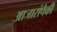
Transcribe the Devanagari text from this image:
आजारांपैकी